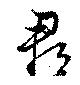
郡